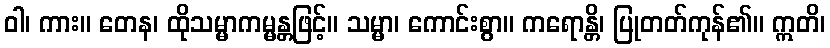
ဝါ၊ ကား။ တေန၊ ထိုသမ္မာကမ္မန္တဖြင့်။ သမ္မာ၊ ကောင်းစွာ။ ကရောန္တိ၊ ပြုတတ်ကုန်၏။ ဣတိ၊